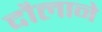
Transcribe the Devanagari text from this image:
दौलाने